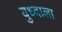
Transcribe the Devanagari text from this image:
युध्दाला